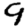
Digit: 9